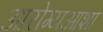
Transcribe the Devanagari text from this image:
आरोग्यआशा